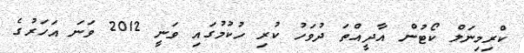
ކްރިމިނަލް ކޯޓުން އާދީއްތަ ދުވަހު ކުރި ހުކުމުގައި ވަނީ 2012 ވަނަ އަހަރުގެ